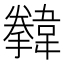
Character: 𩏗